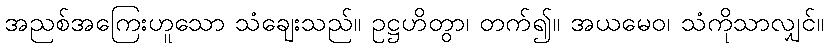
အညစ်အကြေးဟူသော သံချေးသည်။ ဥဋ္ဌဟိတွာ၊ တက်၍။ အယမေဝ၊ သံကိုသာလျှင်။